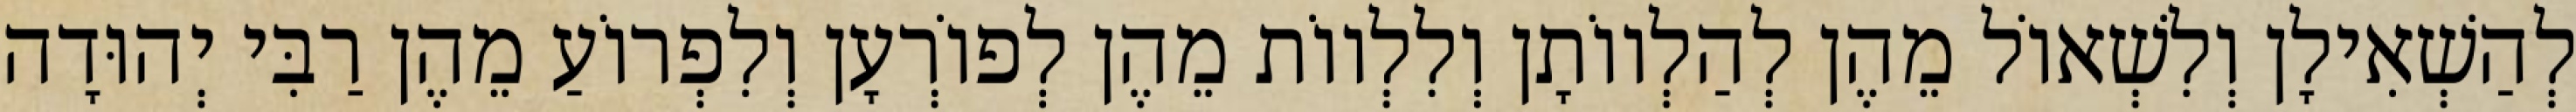
לְהַשְׁאִילָן וְלִשְׁאוֹל מֵהֶן לְהַלְווֹתָן וְלִלְווֹת מֵהֶן לְפוֹרְעָן וְלִפְרוֹעַ מֵהֶן רַבִּי יְהוּדָה